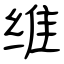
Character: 维